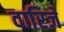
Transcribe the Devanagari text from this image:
वारिजे